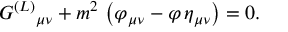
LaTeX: G ^ { ( L ) } { } _ { \mu \nu } + m ^ { 2 } \, \left( \varphi _ { \mu \nu } - \varphi \, \eta _ { \mu \nu } \right) = 0 .